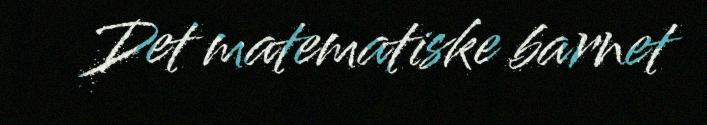
Det matematiske barnet